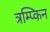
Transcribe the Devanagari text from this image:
त्रम्प्किन